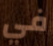
في